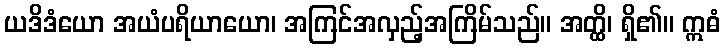
ယဒိဒံယော အယံပရိယာယော၊ အကြင်အလှည့်အကြိမ်သည်။ အတ္ထိ၊ ရှိ၏။ ဣဓံ